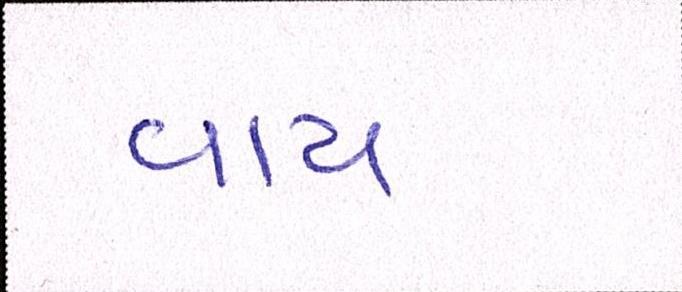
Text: વાય